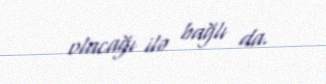
olacağı ilə bağlı da.